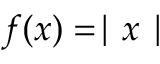
f ( x ) = \mid x \mid